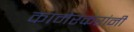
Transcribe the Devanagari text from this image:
कामेरकरांनी